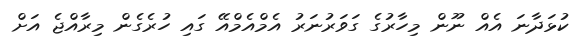
ކުޅަދާނަ އެއް ނޫން މިހާރުގެ ގަވަރުނަރު އެމްއެމްއޭ ގައި ހުރެގެން މިރާއްޖެ އަށް